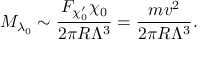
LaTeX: M _ { \lambda _ { 0 } } \sim { \frac { F _ { \chi _ { 0 } ^ { \prime } } \chi _ { 0 } } { 2 \pi R \Lambda ^ { 3 } } } = { \frac { m v ^ { 2 } } { 2 \pi R \Lambda ^ { 3 } } } .